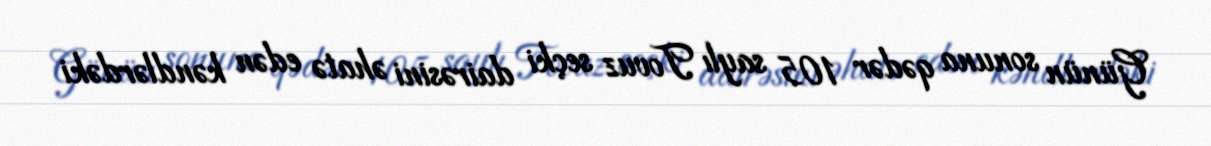
Günün sonuna qədər 105 saylı Tovuz seçki dairəsini əhatə edən kəndlərdəki